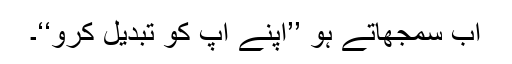
اب سمجھاتے ہو ’’اپنے آپ کو تبدیل کرو‘‘۔